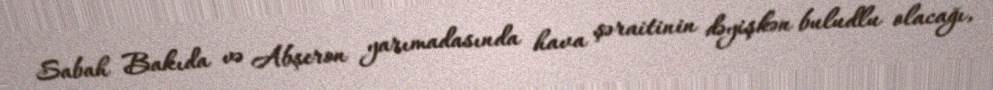
Sabah Bakıda və Abşeron yarımadasında hava şəraitinin dəyişkən buludlu olacağı,